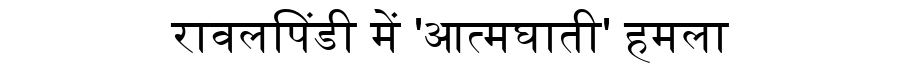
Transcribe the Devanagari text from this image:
रावलपिंडी में 'आत्मघाती' हमला